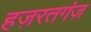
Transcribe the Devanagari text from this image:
हज़रतगंज़